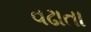
વઢાતા